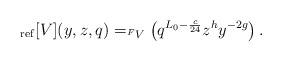
LaTeX: \begin{align*} _{\rm ref}[V](y, z, q) = _{^F V } \left( q^{L_0 -\frac{c}{24}} z^{h} y^{-2g} \right). \end{align*}